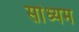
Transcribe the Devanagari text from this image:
सांध्यम